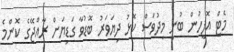
މެޓް އޮފީހުން ބުނީ މިދުވަސް ކޮޅު ދިޔަވަރު ބޮޑުވާ ގަޑިޔަށް ރާއްޖޭގެ ކޮންމެ